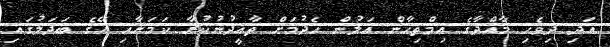
އަދި ދިވެހި މާއްދާގެ އިމްތިހާން އަލުން ހެދުމަށް ތާއީދުނުކުރާ ކަމަށާއި އޭގެ ބަދަލުގައި